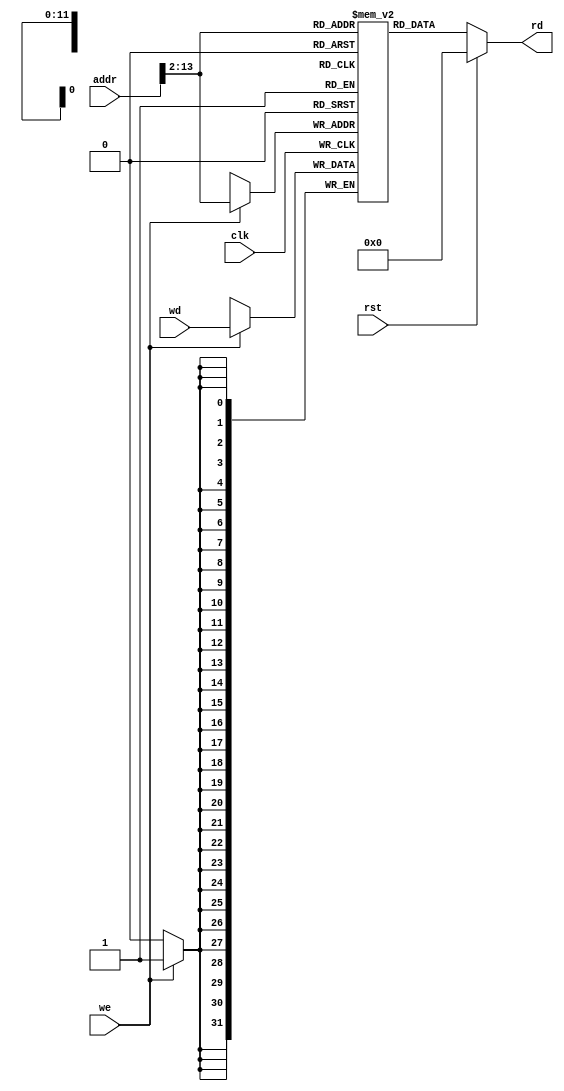
module ram_4Kx32(
    //input    
    clk,
    rst,      
    we,      
    addr,    
    wd,      
    //output
    rd       
);
                  
input clk;
input rst;
input we;
input [31:0] addr;
input [31:0] wd;
output reg [31:0] rd;

reg [31:0] mem[4095:0];

always@(posedge clk) begin
  if(we) 
    mem[addr[13:2]] <= wd;
  else ;
end

always@(*) begin
	if(rst == 1'b1)
		rd <= 32'h0;
	else
	  rd <= mem[addr[13:2]];
end

endmodule